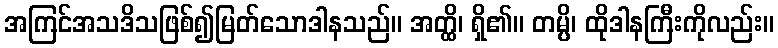
အကြင်အသဒိသဖြစ်၍မြတ်သောဒါနသည်။ အတ္ထိ၊ ရှိ၏။ တမ္ပိ၊ ထိုဒါနကြီးကိုလည်း။